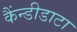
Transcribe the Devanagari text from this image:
कैंन्डीडाटा